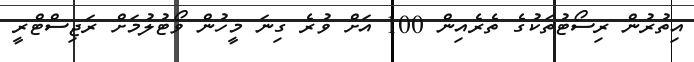
އިތުރުން ރިސޯޓުތަކުގެ ތެރެއިން 100 އަށް ވުރެ ގިނަ މީހުން ވޯޓުލުމަށް ރަޖިސްޓްރީ